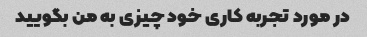
در مورد تجربه کاری خود چیزی به من بگویید